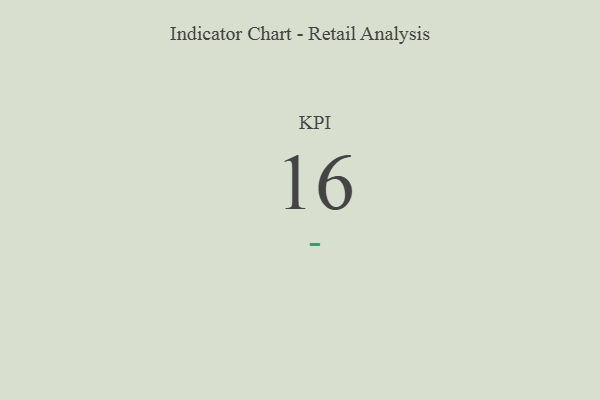
{"axis": {"x": "KPI", "y": "Value"}, "legend": [""], "data": [{"x": "KPI", "y": 16, "type": ""}]}